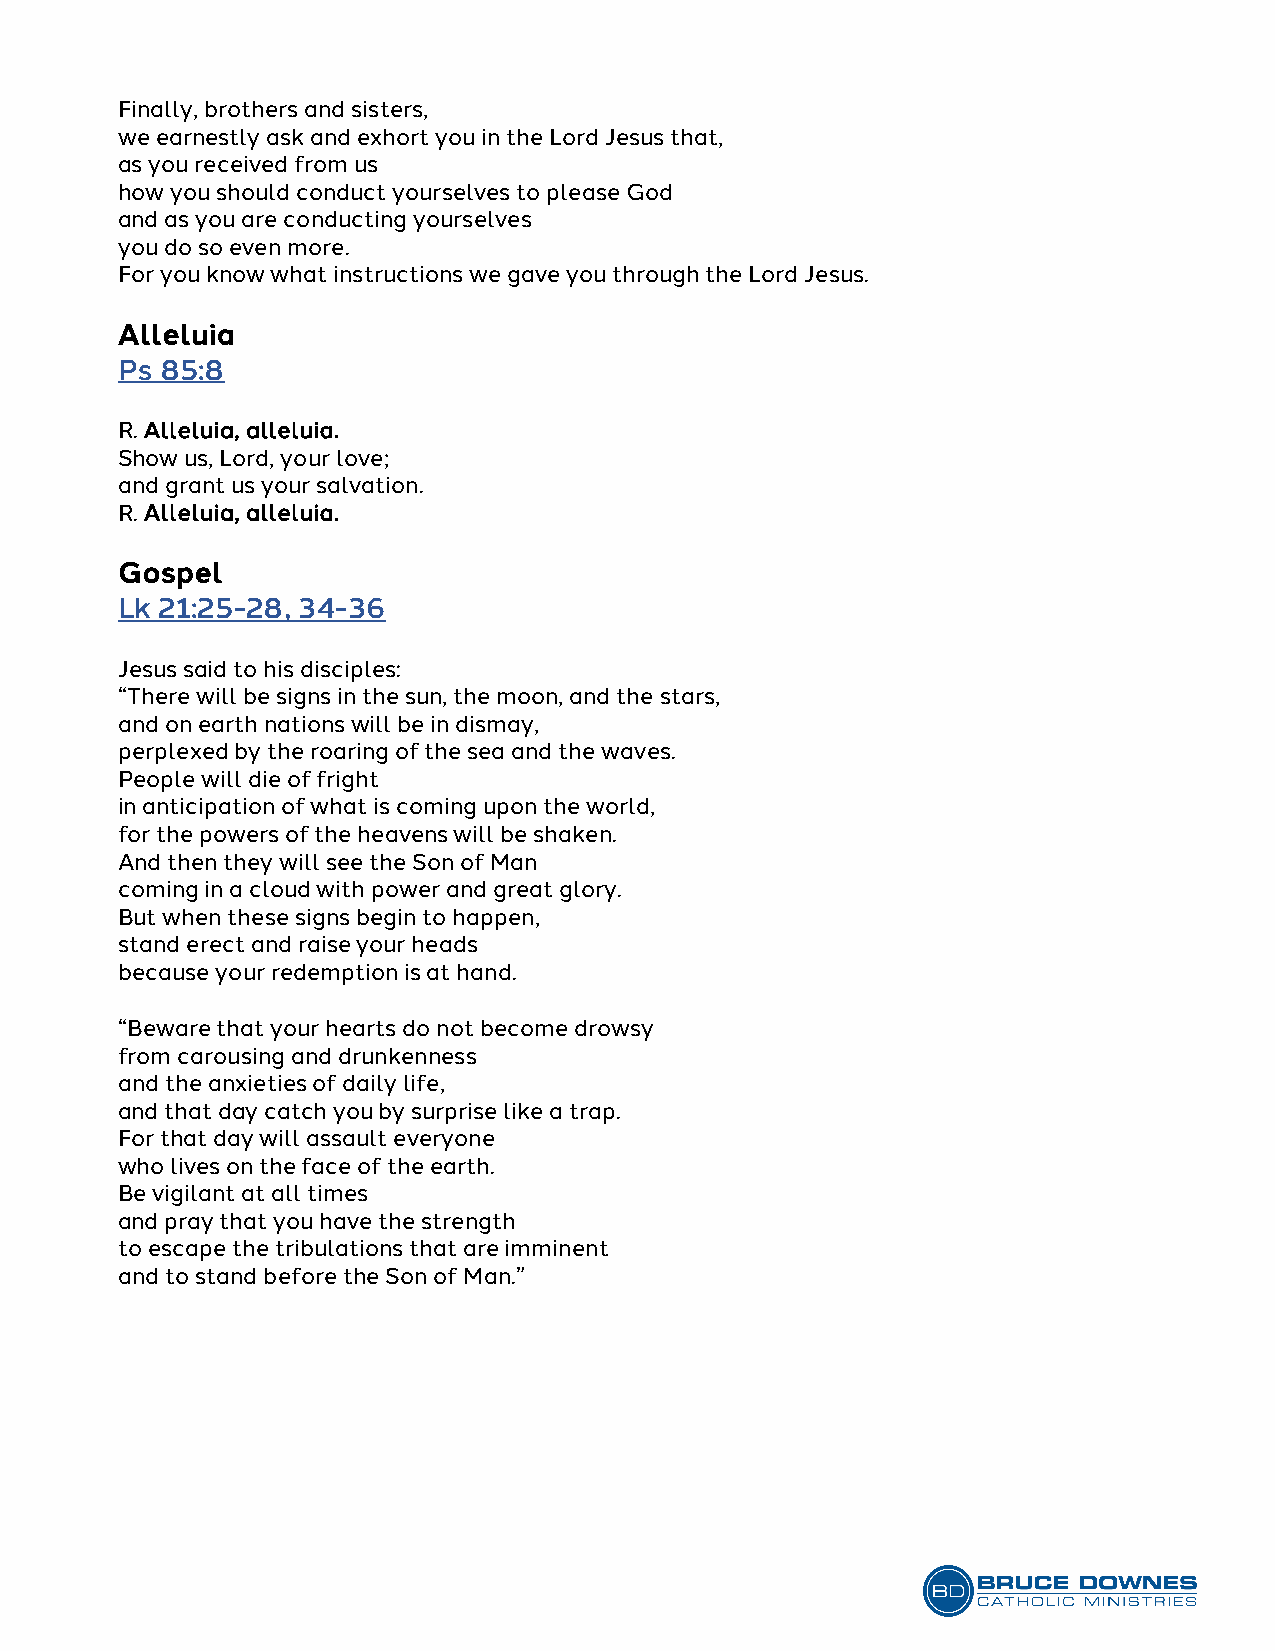
Finally, brothers and sisters,
 we earnestly ask and exhort you in the Lord Jesus that,
 as you received from us
 how you should conduct yourselves to please God
 and as you are conducting yourselves
 you do so even more.
 For you know what instructions we gave you through the Lord Jesus.
 Alleluia
 Ps 85:8
 R. Alleluia, alleluia.
 Show us, Lord, your love;
 and grant us your salvation.
 R. Alleluia, alleluia.
 Gospel
 Lk 21:25-28, 34-36
 Jesus said to his disciples:
 “There will be signs in the sun, the moon, and the stars,
 and on earth nations will be in dismay,
 perplexed by the roaring of the sea and the waves.
 People will die of fright
 in anticipation of what is coming upon the world,
 for the powers of the heavens will be shaken.
 And then they will see the Son of Man
 coming in a cloud with power and great glory.
 But when these signs begin to happen,
 stand erect and raise your heads
 because your redemption is at hand.
 “Beware that your hearts do not become drowsy
 from carousing and drunkenness
 and the anxieties of daily life,
 and that day catch you by surprise like a trap.
 For that day will assault everyone
 who lives on the face of the earth.
 Be vigilant at all times
 and pray that you have the strength
 to escape the tribulations that are imminent
 and to stand before the Son of Man.”